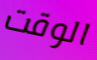
الوقت